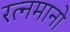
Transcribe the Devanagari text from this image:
रत्नमानो